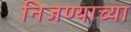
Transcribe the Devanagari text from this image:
निजण्याच्या